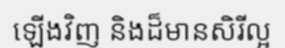
ឡើងវិញ និងដ៏មានសិរីល្អ